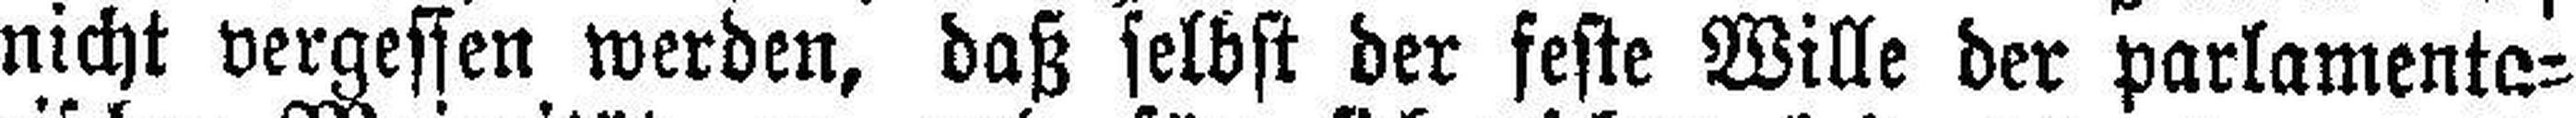
nicht vergessen werden, daß selbst der feste Wille der parlamenta¬